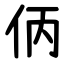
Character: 㑂